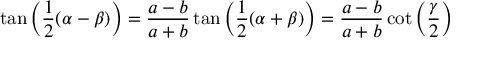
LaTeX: \tan \left( { \frac { 1 } { 2 } } ( \alpha - \beta ) \right) = { \frac { a - b } { a + b } } \tan \left( { \frac { 1 } { 2 } } ( \alpha + \beta ) \right) = { \frac { a - b } { a + b } } \cot \left( { \frac { \gamma } { 2 } } \right)